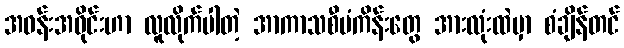
အဝန်းအဝိုင်းဟာ လူလိုက်ပါတဲ့ အာကာသစီမံကိန်းတွေ အားလုံးထဲမှာ စံချိန်တင်